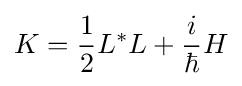
K={\frac {1}{2}}L^{\ast }L+{\frac {i}{\hbar }}H